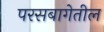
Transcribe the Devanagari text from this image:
परसबागेतील